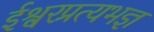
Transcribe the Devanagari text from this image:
ईश्वरप्रत्यभज्ञ